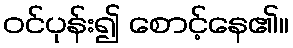
ဝင်ပုန်း၍ စောင့်နေ၏။